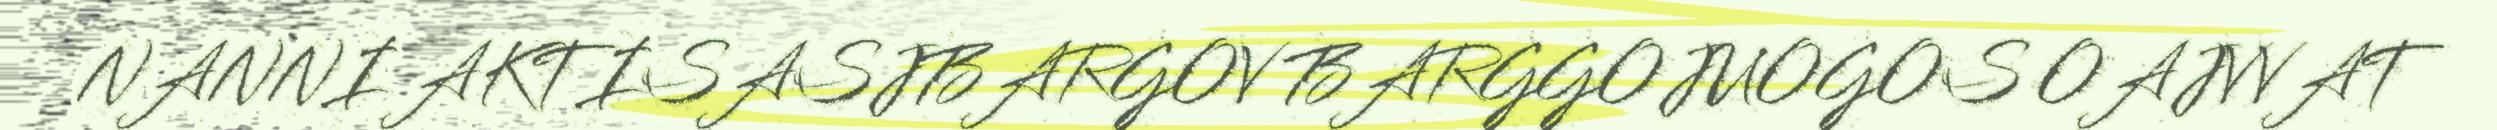
NANNI AKTISASJBARGOV BARGGOJUOGOS OAJVVAT